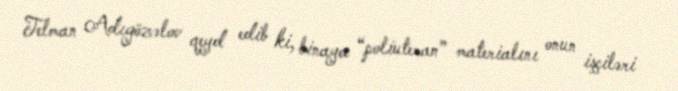
Telman Adıgözəlov qeyd edib ki, binaya “poliuteran” materialını onun işçiləri